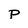
Character: P